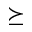
\succeq